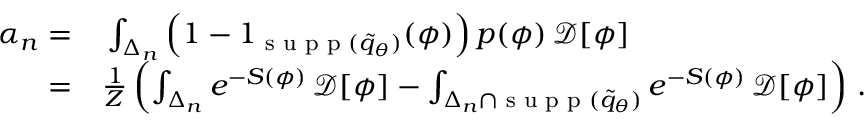
\begin{array} { r l } { \alpha _ { n } = } & { { } \int _ { \Delta _ { n } } \left( 1 - 1 _ { { \textrm { s u p p } } ( \widetilde { q } _ { \theta } ) } ( \phi ) \right) p ( \phi ) \, \mathcal { D } [ \phi ] } \\ { = } & { { } \frac { 1 } { Z } \left( \int _ { \Delta _ { n } } e ^ { - S ( \phi ) } \, \mathcal { D } [ \phi ] - \int _ { { \Delta _ { n } } \cap { { { \textrm { s u p p } } ( \widetilde { q } _ { \theta } ) } } } e ^ { - S ( \phi ) } \, \mathcal { D } [ \phi ] \right) \, . } \end{array}